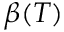
\beta ( T )